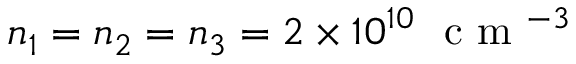
n _ { 1 } = n _ { 2 } = n _ { 3 } = 2 \times 1 0 ^ { 1 0 } ~ \mathrm { ~ c ~ m ~ } ^ { - 3 }